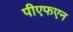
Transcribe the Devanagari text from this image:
पीएफएन